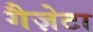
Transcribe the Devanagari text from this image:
गैज़ेटा